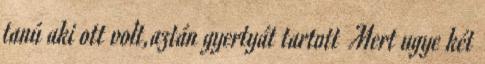
tanú aki ott volt,aztán gyertyát tartott Mert ugye két